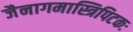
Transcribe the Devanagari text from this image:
जैनागमास्त्रिपिटकः